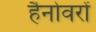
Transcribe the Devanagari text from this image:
हैनोवरों